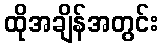
ထိုအချိန်အတွင်း